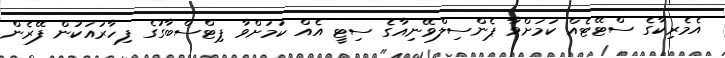
އެމެރިކާގެ ސްޓޭޓެއް ކަމަށްވާ ޕެންސިލްވޭނިއާގެ ސިޓީ އެއް ކަމަށްވާ ޕިޓްސްބާގުގެ ފިހާރައަކުން ފޭރެން